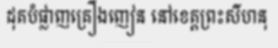
ដុតបំផ្លាញគ្រឿងញៀន នៅខេត្តព្រះសីហនុ